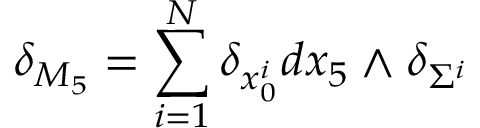
\delta _ { M _ { 5 } } = \sum _ { i = 1 } ^ { N } \delta _ { x _ { 0 } ^ { i } } d x _ { 5 } \wedge \delta _ { \Sigma ^ { i } }